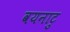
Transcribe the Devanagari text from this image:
वयनाटु